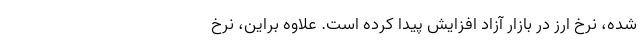
شده، نرخ ارز در بازار آزاد افزایش پیدا کرده است. علاوه براین، نرخ